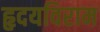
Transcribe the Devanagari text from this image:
हृदयविराम